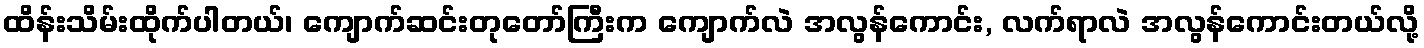
ထိန်းသိမ်းထိုက်ပါတယ်၊ ကျောက်ဆင်းတုတော်ကြီးက ကျောက်လဲ အလွန်ကောင်း, လက်ရာလဲ အလွန်ကောင်းတယ်လို့